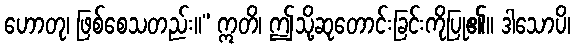
ဟောတု၊ ဖြစ်စေသတည်း။” ဣတိ၊ ဤသို့ဆုတောင်းခြင်းကိုပြု၏။ ဒါသောပိ၊